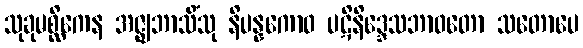
သုခုမစ္ဆိကေန အဇ္ဈဘာသိံသု နိပန္နကောဝ ပဋိနိဒ္ဒေသဘာဝတော သတောပေ